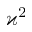
\varkappa ^ { 2 }